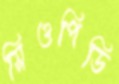
সিওপিডি